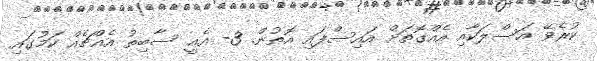
ކުރެވޭ އަސްލަކާއި އެއްގޮތަށް އައިސްފައި އޮތުން. 3- އެއީ ސާބިތު އެއްޗެއް ކަމުގައި